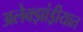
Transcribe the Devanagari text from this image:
अलेक्झांड्रीयात